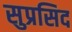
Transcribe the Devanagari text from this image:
सुप्रसिद